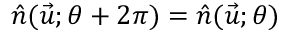
\hat { n } ( \vec { u } ; \theta + 2 \pi ) = \hat { n } ( \vec { u } ; \theta )